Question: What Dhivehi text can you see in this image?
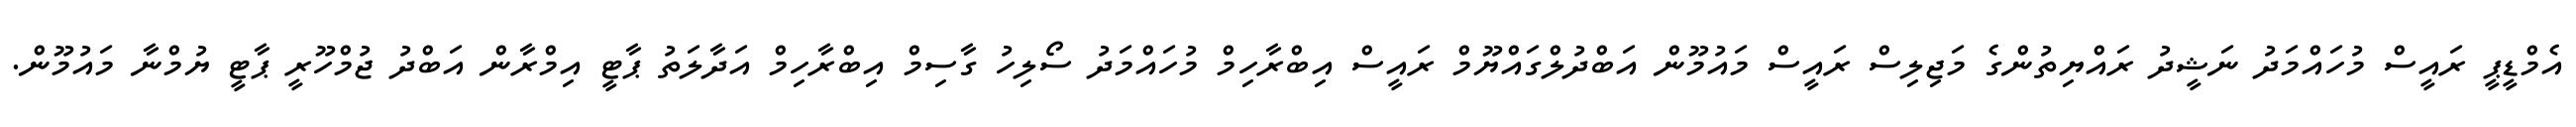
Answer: އެމްޑީޕީ ރައީސް މުހައްމަދު ނަޝީދު ރައްޔިތުންގެ މަޖިލިސް ރައީސް މައުމޫން އަބްދުލްގައްޔޫމް ރައީސް އިބްރާހިމް މުހައްމަދު ސޯލިހު ގާސިމް އިބްރާހިމް އަދާލަތު ޕާޓީ އިމްރާން އަބްދު ޖުމްހޫރީ ޕާޓީ ޔުމްނާ މައުމޫން.